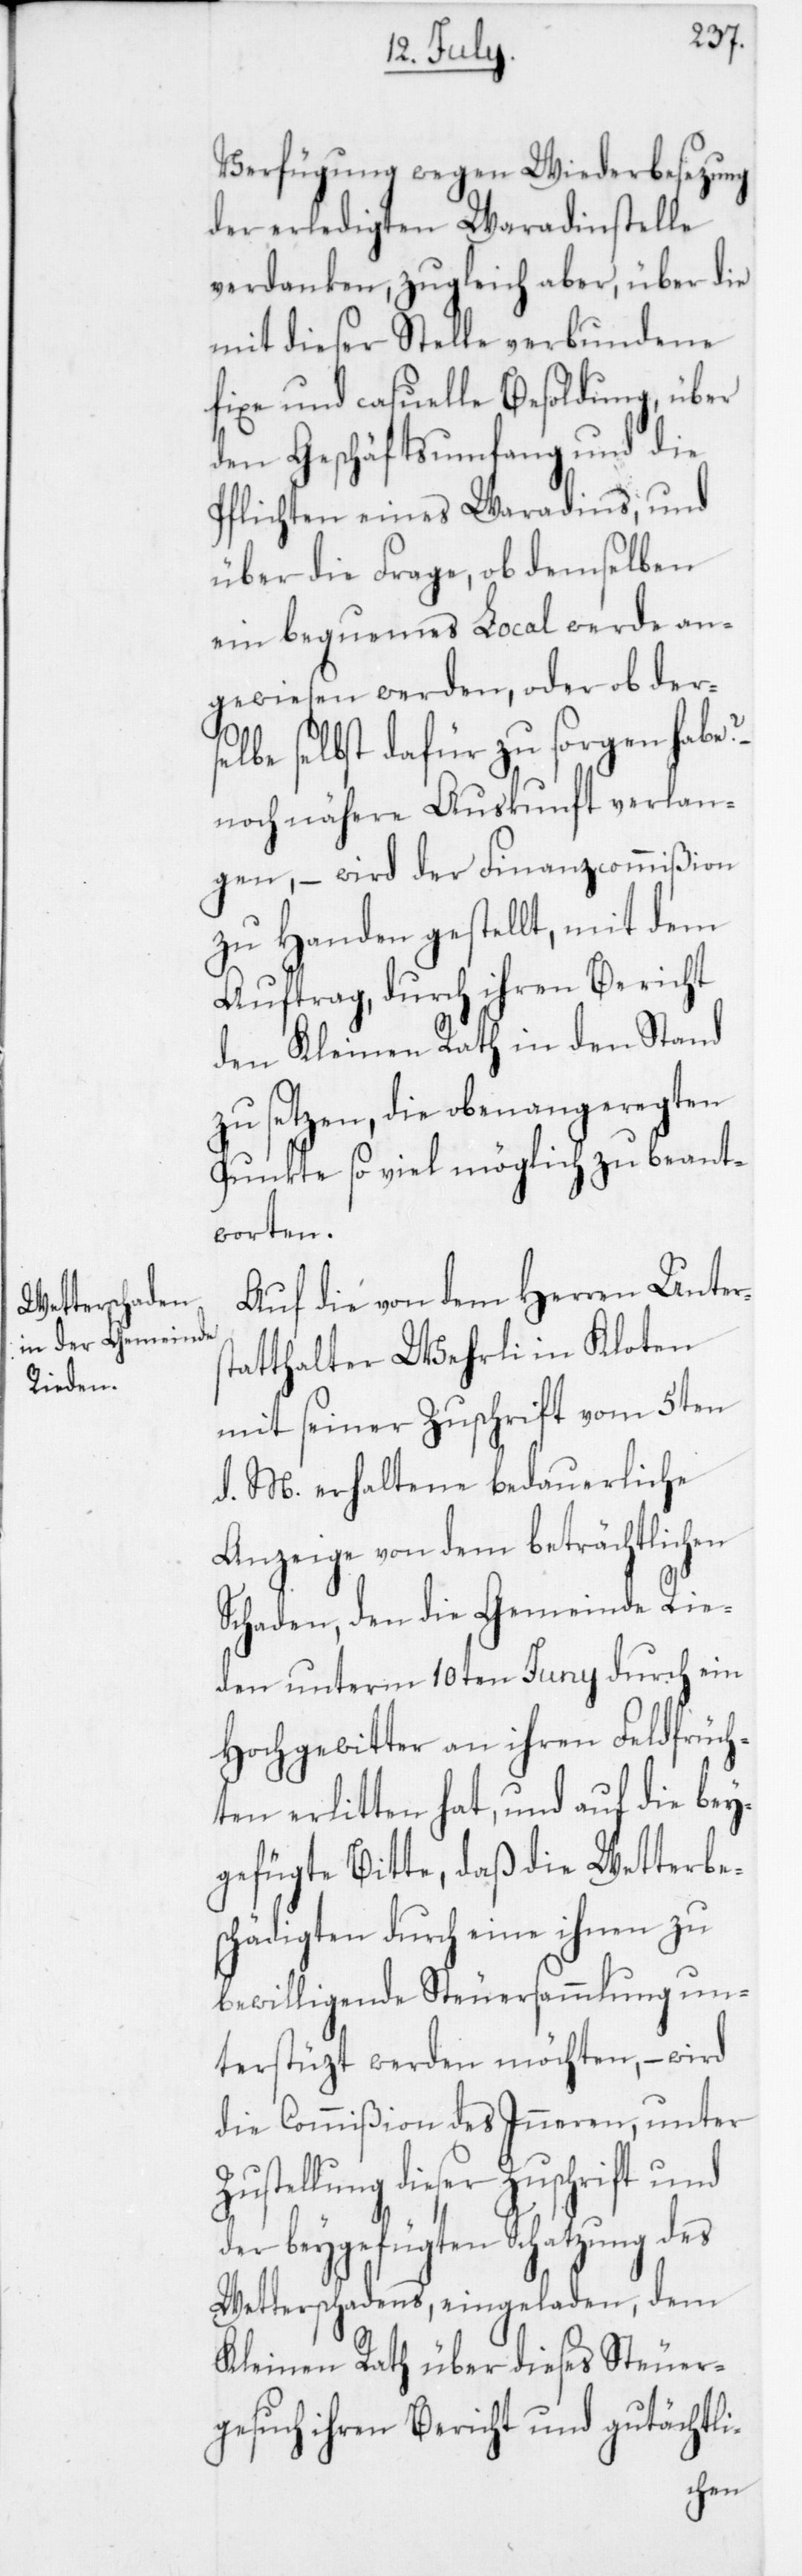
Verfügung wegen Wiederbesezung
der erledigten Waradinstelle
verdanken, zugleich aber über die
mit dieser Stelle verbundene
fixe und casuelle Besoldung, über
den Geschäftsumfang und die
Pflichten eines Waradins, und
über die Frage, ob demselben
ein bequemes Local werde an¬
gewiesen werden, oder ob derse¬
lbe selbst dafür zu sorgen habe?
noch nähere Auskunft verlan¬
gen, – wird der Finanzcommißion
zu Handen gestellt, mit dem
Auftrag, durch ihren Bericht
den Kleinen Rath in den Stand
zu setzen, die obenangeregten
Punkte so viel möglich zu beant¬
worten.
Auf die von Herren Unter¬
tatthalter Wehrli in Kloten
mit seiner Zuschrift vom 5ten
d. M. erhaltene bedauerliche
Anzeige von dem beträchtlichen
Schaden, den die Gemeinde Rie¬
den unterm 10ten Juny durch ein
Hochgewitter an ihren Feldfrüch¬
ten erlitten hat, und auf die bey¬
gefügte Bitte, daß die Wetterbes¬
chädigten durch eine ihnen zu
bewilligende Steuersammlung un¬
terstüzt werden möchten, – wird
die Commißion des Inneren, unter
ustellung dieser Zuschrift und
der beygefügten Schatzung des
Wetterschadens, eingeladen, dem
Kleinen Rath über dieses Steuer¬
Z¬
gesuch ihren Bericht